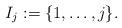
LaTeX: \begin{align*}I_j:=\{1,\dots, j\}.\end{align*}